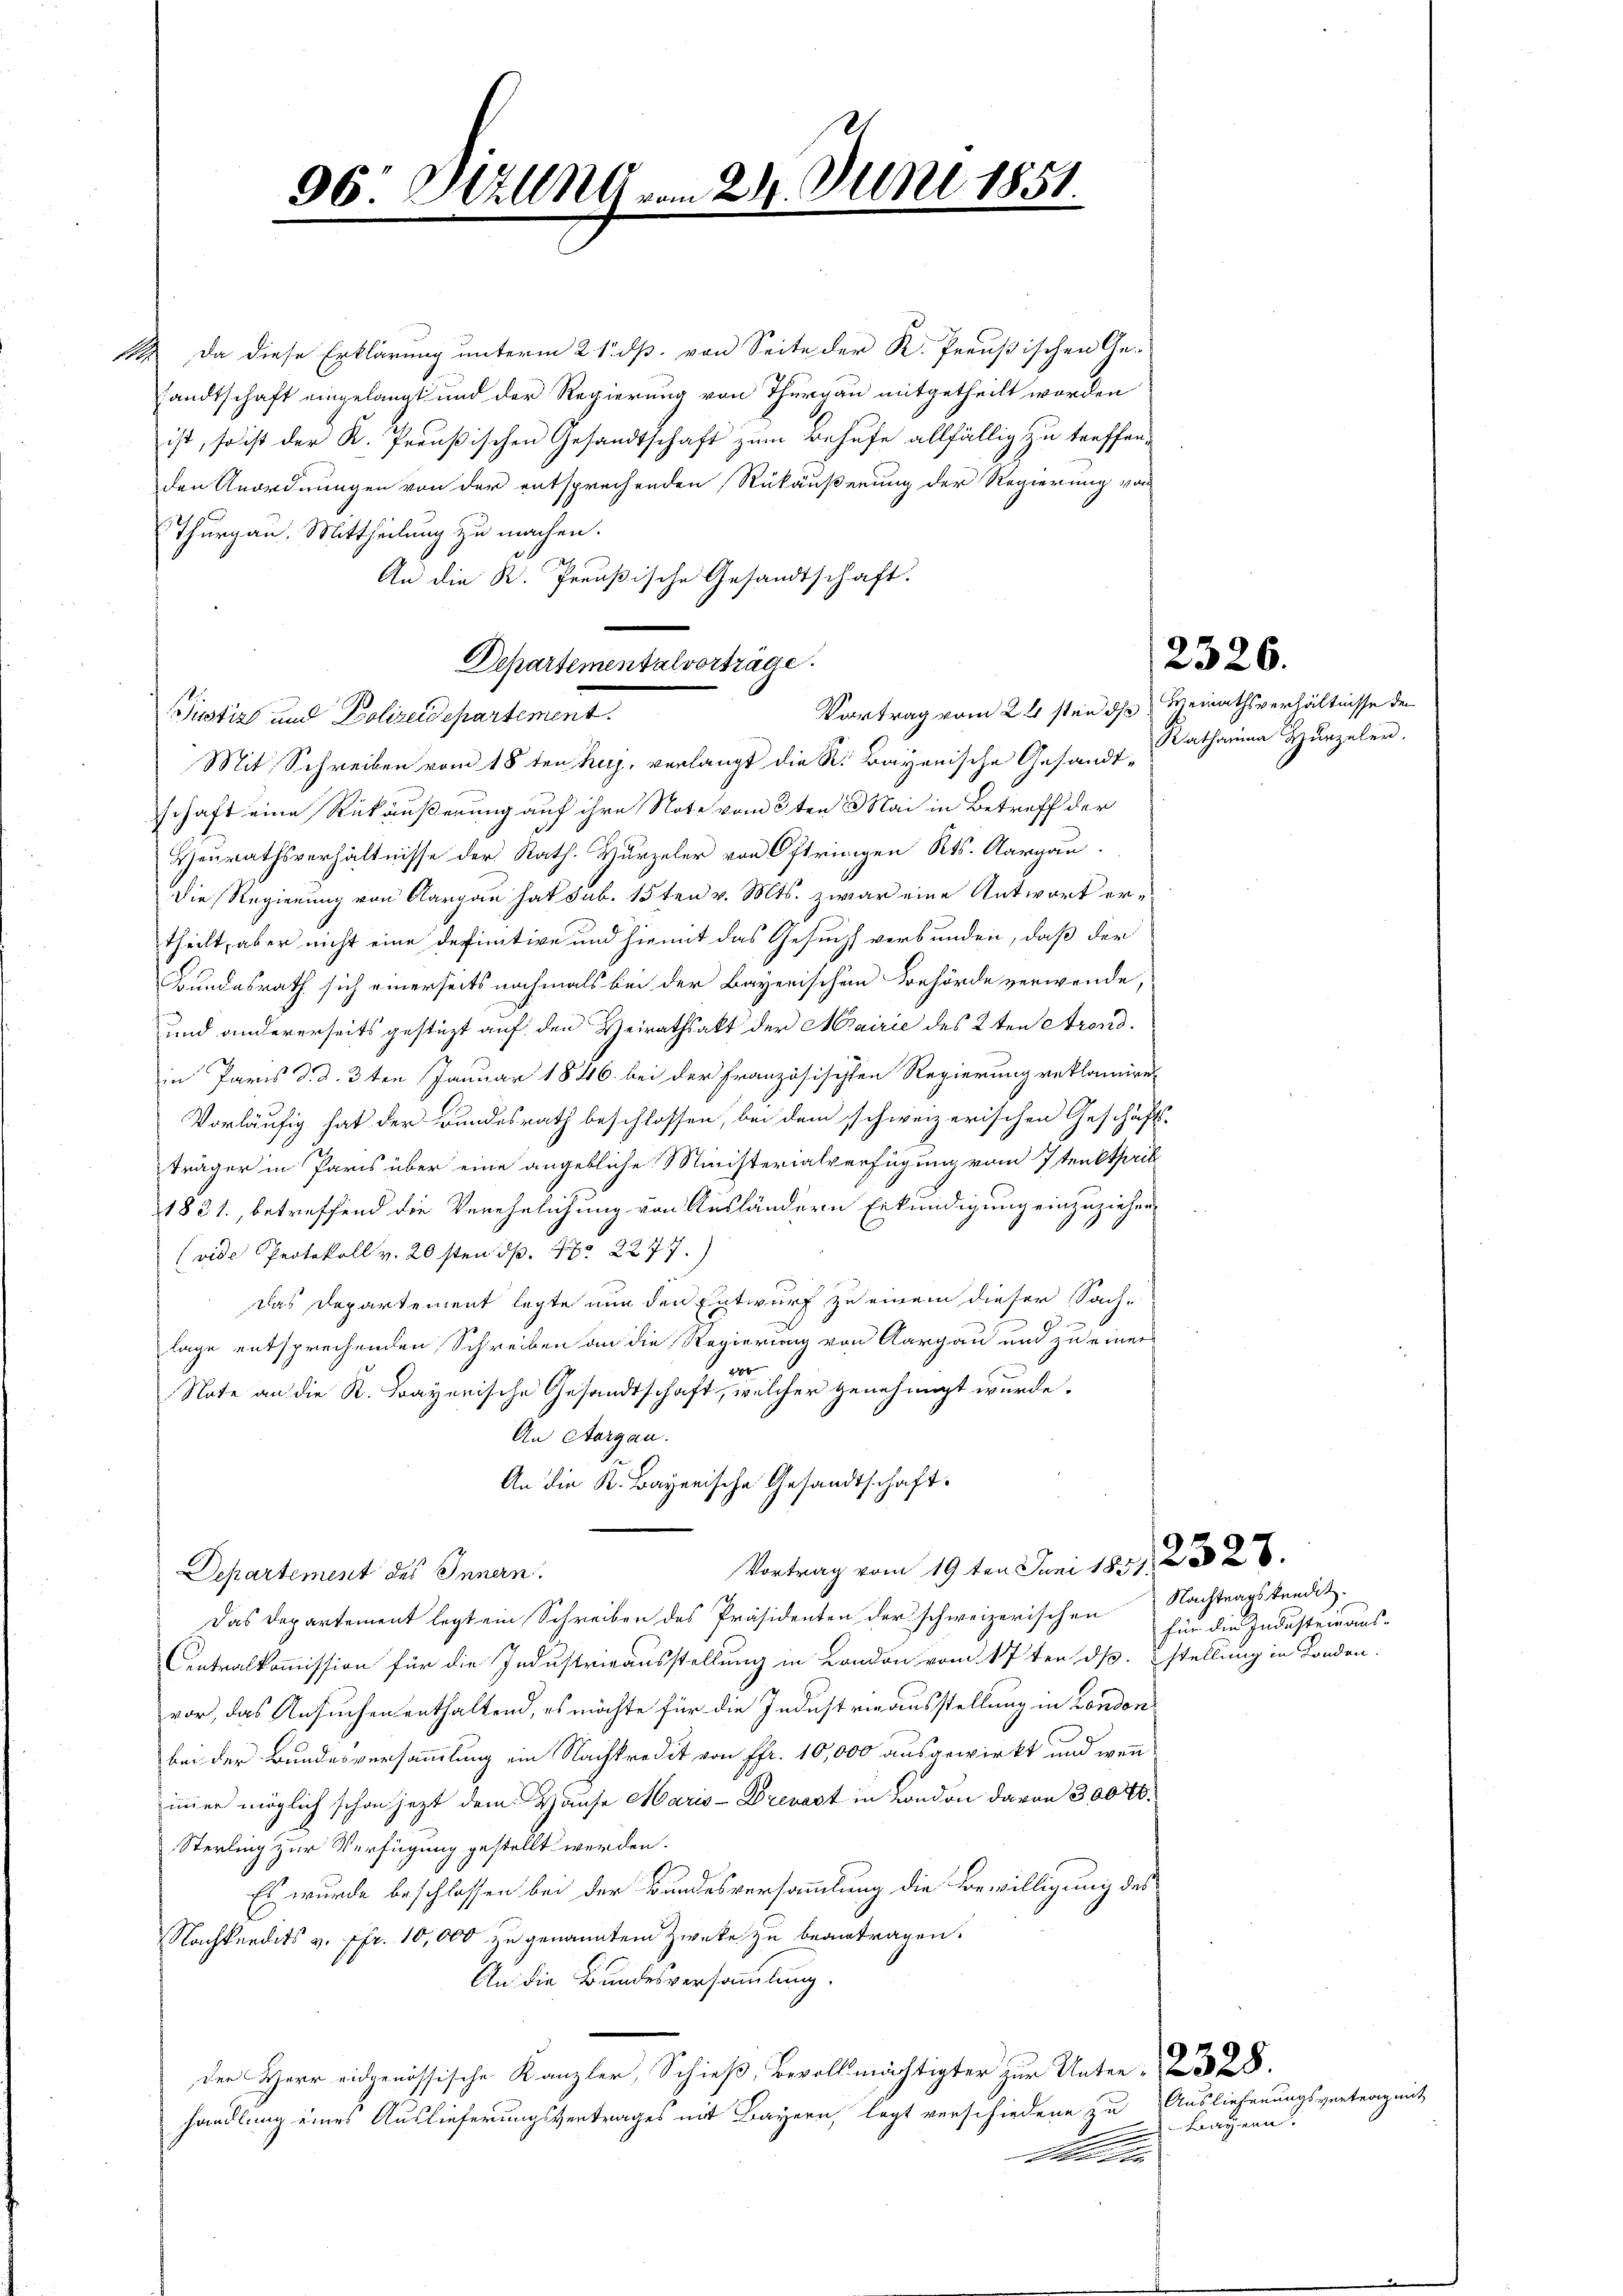
96: Hilln vom 24. Juni 1851.

Da diese Erklärung unterm 21. dß. von Seite der K. Preußischen Ge-
sandtschaft eingelangt und der Regierung von Thurgau mitgetheilt worden
ist, so ist der K. Preußischen Gesandtschaft zum Behufe allfällig zu treffen,
den Anordnungen von der entsprechenden Rükäußerung der Regierung von
Thurgau, Mittheilung zu machen.
An die R. Preußische Gesandtschaft.
Mit Schreiben vom 18ten huj, verlangt die R. Bayonische Gesandtschaft eine Rückäußerung auf ihre Note vom 3ten Mai in Betreff der
Heurathsverhältnisse der Kath. Hurzeler von Oftringen Kts. Aargau
Die Regierung von Aargau hat sub. 15ten v. Mts. zwar eine Antwort ertheilt, aber nicht eine definitive und hiemit das Gesucht verbunden, daß der
Bundesrath sich einerseits nochmals bei der Bayerischem Behörde verwende,
und andererseits gestüzt auf den Heirathsakt der Mairie des 2ten Arond.
in Paris d. d. 3ten Januar 1846 bei der Französischten Regierung reklamiret
Vorläufig hat der Bundesrath beschlossen, bei dem schweizerischen Geschäfts-
träger in Paris über eine angebliche Ministerialverfügung vom 7ten theil
1831., betreffend die Verehelichung von Ausländern Erkundigung einzuziehen,
(vide Protokoll v. 20sten S. Nr. 2277.)
das Departement legte nun den Entwurf zu einem dieser Sach-
n
9.
lage entsprechenden Schreiben an die Regierung von Aargau und zu einers
x
Nate an die K. Frayerische Gesandtschaft, welcher genehmigt wurde.
An Aargau.
An die K. Bayerische Gesandtschaft.
Vortrag vom 19ten Juni 1837. 255 26.
Departement des Innern.
Das Departement legt ein Schreiben des Präsidenten der schweizerischen Nachtragskredit.
Centralkommission für die Industrieausstellung in London vom 17ten ds. stellung in Fonden.
vor, das Ansuchen enthaltend, es möchte für die Industrieausstellung in London
bei der Bundesversammlung ein Nachkredit von Pfr. 10,000 ausgewirkt und wenn
immer möglich schon jezt dem Hause Maris - Drevast in London davon 30000.
Sterling zur Verfügung gestellt werden.
Es wurde beschlossen bei der Bundesversammlung die Bewilligung des
Nachkundits v. fr. 10,000 zu genanntem Zwecke zu beantragen.
An die Bundesversammlung.
der Herr eidgenössische Kanzler, Schieß, bevollmächtigter zur Unter- 328.
handlung eines Auslieferungsvertrages mit Bayern, legt verschiedene zu
.
tli in

Justiz und Polizeidepartement.

Vortrag vom 24sten ds Heimathsverhältnisse den

Departementalvortrage.

Ratharina Hŭrzeler.

2326.

für die Industeinaus-

Auslieferungsvertrag mit
Frayern.